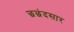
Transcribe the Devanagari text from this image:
छछंदसार